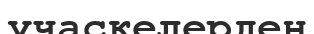
учаскелерден